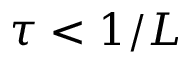
\tau < 1 / L